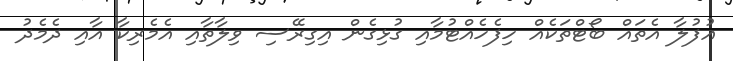
އުފުލާ އެތައް ބޯޓްތަކެއް ހިފެހެއްޓުމާއި ގުޅިގެން އިގިރޭސި ވިލާތާއި އެމެރިކާ އާއި ދެމެދު